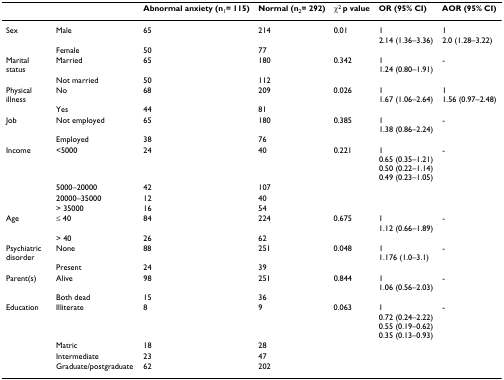
<table><thead><tr><td></td><td></td><td><b>Abnormal anxiety (n<sub>1</sub>= 115)</b></td><td><b>Normal (n<sub>2</sub>= 292)</b></td><td><b>χ<sup>2 </sup>p value</b></td><td><b>OR (95% CI)</b></td><td><b>AOR (95% CI)</b></td></tr></thead><tbody><tr><td>Sex</td><td>Male</td><td>65</td><td>214</td><td>0.01</td><td>12.14 (1.36–3.36)</td><td>12.0 (1.28–3.22)</td></tr><tr><td></td><td>Female</td><td>50</td><td>77</td><td></td><td></td><td></td></tr><tr><td>Marital status</td><td>Married</td><td>65</td><td>180</td><td>0.342</td><td>11.24 (0.80–1.91)</td><td>-</td></tr><tr><td></td><td>Not married</td><td>50</td><td>112</td><td></td><td></td><td></td></tr><tr><td>Physical illness</td><td>No</td><td>68</td><td>209</td><td>0.026</td><td>11.67 (1.06–2.64)</td><td>11.56 (0.97–2.48)</td></tr><tr><td></td><td>Yes</td><td>44</td><td>81</td><td></td><td></td><td></td></tr><tr><td>Job</td><td>Not employed</td><td>65</td><td>180</td><td>0.385</td><td>11.38 (0.86–2.24)</td><td>-</td></tr><tr><td></td><td>Employed</td><td>38</td><td>76</td><td></td><td></td><td></td></tr><tr><td>Income</td><td>&lt;5000</td><td>24</td><td>40</td><td>0.221</td><td>10.65 (0.35–1.21)0.50 (0.22–1.14)0.49 (0.23–1.05)</td><td>-</td></tr><tr><td></td><td>5000–20000</td><td>42</td><td>107</td><td></td><td></td><td></td></tr><tr><td></td><td>20000–35000</td><td>12</td><td>40</td><td></td><td></td><td></td></tr><tr><td></td><td>&gt; 35000</td><td>16</td><td>54</td><td></td><td></td><td></td></tr><tr><td>Age</td><td>≤ 40</td><td>84</td><td>224</td><td>0.675</td><td>11.12 (0.66–1.89)</td><td>-</td></tr><tr><td></td><td>&gt; 40</td><td>26</td><td>62</td><td></td><td></td><td></td></tr><tr><td>Psychiatric disorder</td><td>None</td><td>88</td><td>251</td><td>0.048</td><td>11.176 (1.0–3.1)</td><td>-</td></tr><tr><td></td><td>Present</td><td>24</td><td>39</td><td></td><td></td><td></td></tr><tr><td>Parent(s)</td><td>Alive</td><td>98</td><td>251</td><td>0.844</td><td>11.06 (0.56–2.03)</td><td>-</td></tr><tr><td></td><td>Both dead</td><td>15</td><td>36</td><td></td><td></td><td></td></tr><tr><td>Education</td><td>Illiterate</td><td>8</td><td>9</td><td>0.063</td><td>10.72 (0.24–2.22)0.55 (0.19–0.62)0.35 (0.13–0.93)</td><td>-</td></tr><tr><td></td><td>Matric</td><td>18</td><td>28</td><td></td><td></td><td></td></tr><tr><td></td><td>Intermediate</td><td>23</td><td>47</td><td></td><td></td><td></td></tr><tr><td></td><td>Graduate/postgraduate</td><td>62</td><td>202</td><td></td><td></td><td></td></tr></tbody></table>